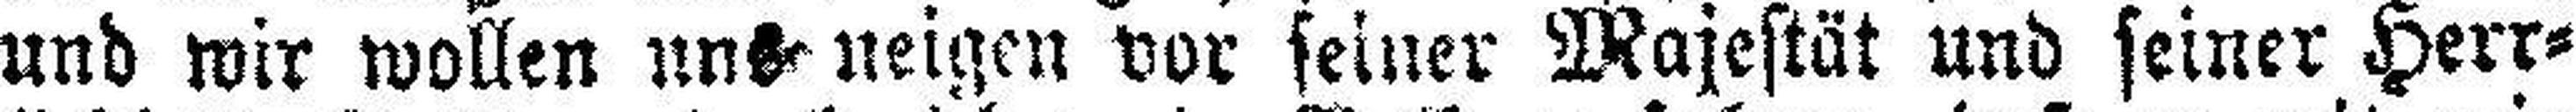
und wir wollen uns neigen vor seiner Majestät und seiner Herr¬